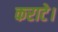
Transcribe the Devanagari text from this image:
कराटे।